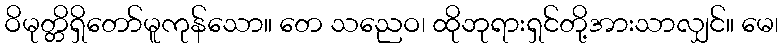
ဝိမုတ္တိရှိတော်မူကုန်သော။ တေ သညေဝ၊ ထိုဘုရားရှင်တို့အားသာလျှင်။ မေ၊